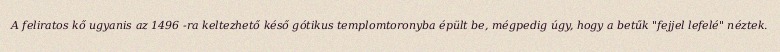
A feliratos kő ugyanis az 1496 -ra keltezhető késő gótikus templomtoronyba épült be, mégpedig úgy, hogy a betűk "fejjel lefelé" néztek.